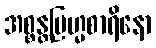
အစ္စန္တဗြဟ္မစာရိနော